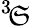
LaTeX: ^3\! \mathfrak{S}